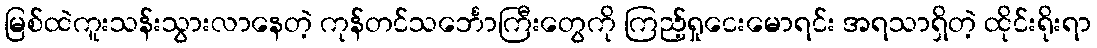
မြစ်ထဲကူးသန်းသွားလာနေတဲ့ ကုန်တင်သင်္ဘောကြီးတွေကို ကြည့်ရှုငေးမောရင်း အရသာရှိတဲ့ ထိုင်းရိုးရာ